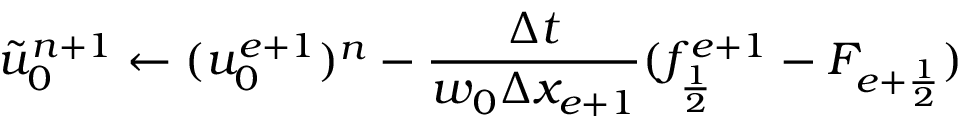
\tilde { u } _ { 0 } ^ { n + 1 } \gets ( u _ { 0 } ^ { e + 1 } ) ^ { n } - \frac { \Delta t } { w _ { 0 } \Delta x _ { e + 1 } } ( f _ { \frac { 1 } { 2 } } ^ { e + 1 } - F _ { e + \frac { 1 } { 2 } } )